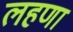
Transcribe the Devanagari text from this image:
लहणा